Medical and sanitary report of the native army of Bengal for the year
Year: 1877
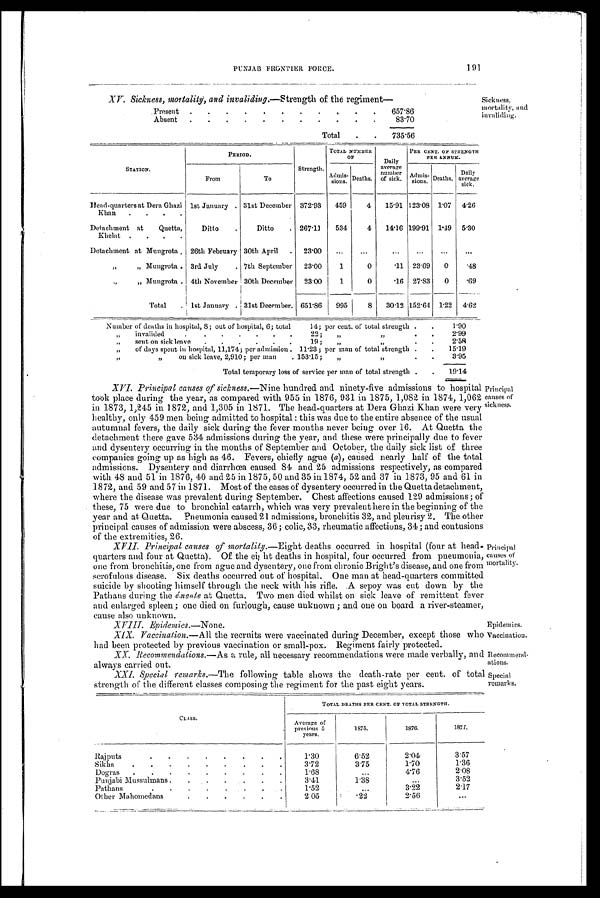
Epidemics.
Vaccination.
Recommend-
ations.
Special
remarks.
PUNJAB FRONTIER FORCE.
191
XV. Sickness, mortality, and invaliding. —Strength of the regiment—
Present .
.
.
.
.
.
.
.
.
.
.
657.86
Absent .
.
.
.
.
.
.
.
.
.
.
83.70
Total
.
.
735.56
Sickness,
mortality, and
invaliding.
STATION.
PERIOD.
Strength.
TOTAL NUMBER
OF
Daily
average
number
of sick.
PER CENT. OF STRENGTH
PER ANNUM.
From
To
Admis-sions. Deaths.
Admis-
sions. Deaths.
Daily
average
sick.
Head-quarters at Dera Ghazi
Khan
.
.
.
.
1st January . 31st December 372.93
459
4
15.91 123.08 1.07 4.26
Detachment at
Quetta,
Khelat
.
.
.
.
Ditto
.
Ditto
. 267.11
534
4
14.16 199.91 1.49 5.30
Detachment at Mungrota . 26th February 30th April . 23.00
...
...
. . .
...
. . .
. . .
„
„
Mungrota .
3rd July
. 7th September 23.00
1
0
.11 23.69
0
.48
„ „ Mungrota . 4th November 30th December 23.00
1
0
.16 27.83
0
.69
Total
. lst January . 31st December. 651.86
995
8
30.12 152.64 1.22 4.62
Number of deaths in hospital, 8; out of hospital, 6; total
14; per cent. of total strength .
.
1.90
„
invalided
.
.
.
.
.
.
22.
„ „
.
.
2.99
„
sent on sick leave
.
.
.
.
.
.
19.
„
„
.
.
2.58
„
of days spent in hospital, 11,174; per admission
. 11.23 ; per man of total strength .
.
15.19
„ „
on sick leave, 2,910; per man
. 153.15;
„
„
.
.
3.95
Total temporary loss of service per man of total strength .
.
19.14
XVI.
XVI. Principal causes of sickness.— Nine hundred and ninety-five admissions to hospital
took place during the year, as compared with 955 in 1876, 931 in 1875, 1,082 in 1874, 1,062
in. 1873, 1,245 in 1872, and 1,305 in 1871. The head-quarters at Dera Ghazi Khan were very
healthy, only 459 men being admitted to hospital: this was due to the entire absence of the usual
autumnal fevers, the daily sick during the fever months never being over 16. At Quetta the
detachment there gave 534 admissions during the year, and these were principally due to fever
and dysentery occurring in the months of September and October, the daily sick list of three
companies going up as high as 46. Fevers, chiefly ague ( a), caused nearly half of the total
admissions. Dysentery and diarrhœa caused 84 and 25 admissions respectively, as compared
with 48 and 51 in 1876, 40 and 25 in 1875, 50 and 35 in 1874, 52 and 37 in 1873, 95 and 61 in
1872, and 59 and 57 in 1871. Most of the cases of dysentery occurred in the Quetta detachment,
where the disease was prevalent during September. Chest affections caused 129 admissions; of
these, 75 were due to bronchial catarrh, which was very prevalent here in the beginning of the
year and at Quetta. Pneumonia caused 21 admissions, bronchitis 32, and pleurisy 2. The other
principal causes of admission were abscess, 36; colic, 33, rheumatic affections, 34; and contusions
of the extremities, 26.
XVII.
XVII. Principal causes of morlality.— Eight deaths occurred in hospital (four at head
quarters and four at Quetta). Of the eight deaths in hospital, four occurred from pneumonia,
one from bronchitis, one from ague and dysentery, one from chronic Bright's disease, and one from
scrofulous disease. Six deaths occurred out of hospital. One man at head-quarters committed
suicide by shooting himself through the neck with his rifle. A sepoy was cut down by the
Pathans during the émcute at Quetta. Two men died whilst on sick leave of remittent feve
r and enlarged spleen; one died on furlough, cause unknown ; and one on board a river-steamer,
cause also unknown.
XVIII. Epidemics.—None.
XIX. Vaccination.— All the recruits were vaccinated during December, except those who
had been protected by previous vaccination or small-pox. Regiment fairly protected.
XX. Recommendations.— As a rule, all necessary recommendations were made verbally, and
always carried out.
XXI. Special remarks.—The following table shows the death-rate per cent. of total
strength of the different classes composing the regiment for the past eight years.
Principal
causes of
s i c k n e s s .
Principal
causes of
mortality.
CLASS.
TOTAL DEATHS PER CENT. OF TOTAL STRENGTH.
Average of
previous 5
years.
1875.
1876.
1877.
Rajputs
.
.
.
.
.
.
.
.
.
1.30
6.52
2. 04
3.57
Sikh
.
.
.
. .
. .
.
.
3.72
3.75
1.70
1.36
Dogras
.
.
.
.
.
.
.
.
.
1.68
...
4 . 7 6
2.08
Punjabi Mussulmans
.
.
.
.
.
.
3.41
1.38
...
3.52
Pathan
.
.
.
.
.
.
1.52
3.22
2.17
Other Mahomedans
.
.
.
.
.
.
2.05
2 . 2
2.56
. . .